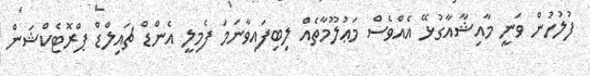
ފުލުހުން ވަނީ މާއިޝާއާގުޅޭ އެއްވެސް މަޢުލޫމާތެއް ލިބިފައިވާނަމަ ފެމިލީ އެންޑް ޗައިލްޑް ޕްރޮޓެކްޝަން